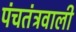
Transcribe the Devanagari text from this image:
पंचतंत्रवाली